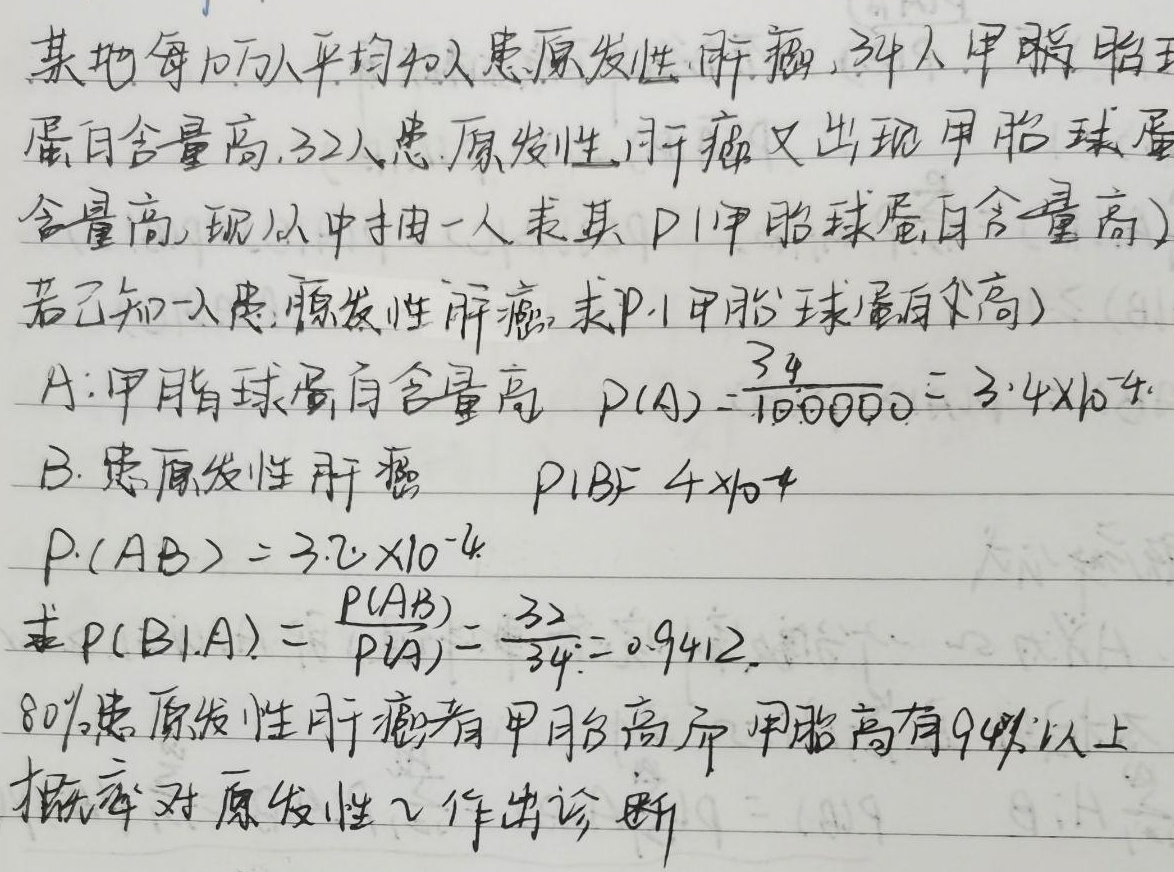
某地每10万人平均40人患原发性肝癌，34人甲胎球蛋白含量高，32人患原发性肝癌又出现甲胎球蛋白含量高。现从中抽一人，求其 \(P(\text{甲胎球蛋白含量高})\)，若已知一人患原发性肝癌，求 \(P(\text{甲胎球蛋白含量高})\)。

设 \(A\)：甲胎球蛋白含量高，\(P(A)=\frac{34}{100000}=3.4\times 10^{-4}\)。\(B\)：患原发性肝癌，\(P(B) = 4\times 10^{-4}\)。\(P(AB)=3.2\times 10^{-4}\)。

求 \(P(B|A)=\frac{P(AB)}{P(A)}=\frac{32}{34}\approx0.9412\)。

80%患原发性肝癌者有甲胎高，而甲胎高有94%以上概率对原发性作出诊断。